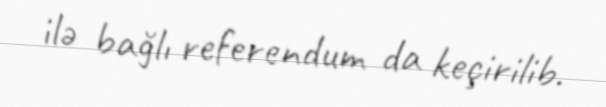
ilə bağlı referendum da keçirilib.